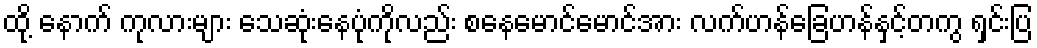
ထို့ နောက် ကုလားများ သေဆုံးနေပုံကိုလည်း စနေမောင်မောင်အား လက်ဟန်ခြေဟန်နှင့်တကွ ရှင်းပြ